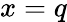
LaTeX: x=q